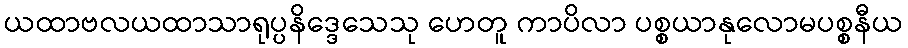
ယထာဗလယထာသာရုပ္ပနိဒ္ဒေသေသု ဟေတူ ကာပိလာ ပစ္စယာနုလောမပစ္စနီယ